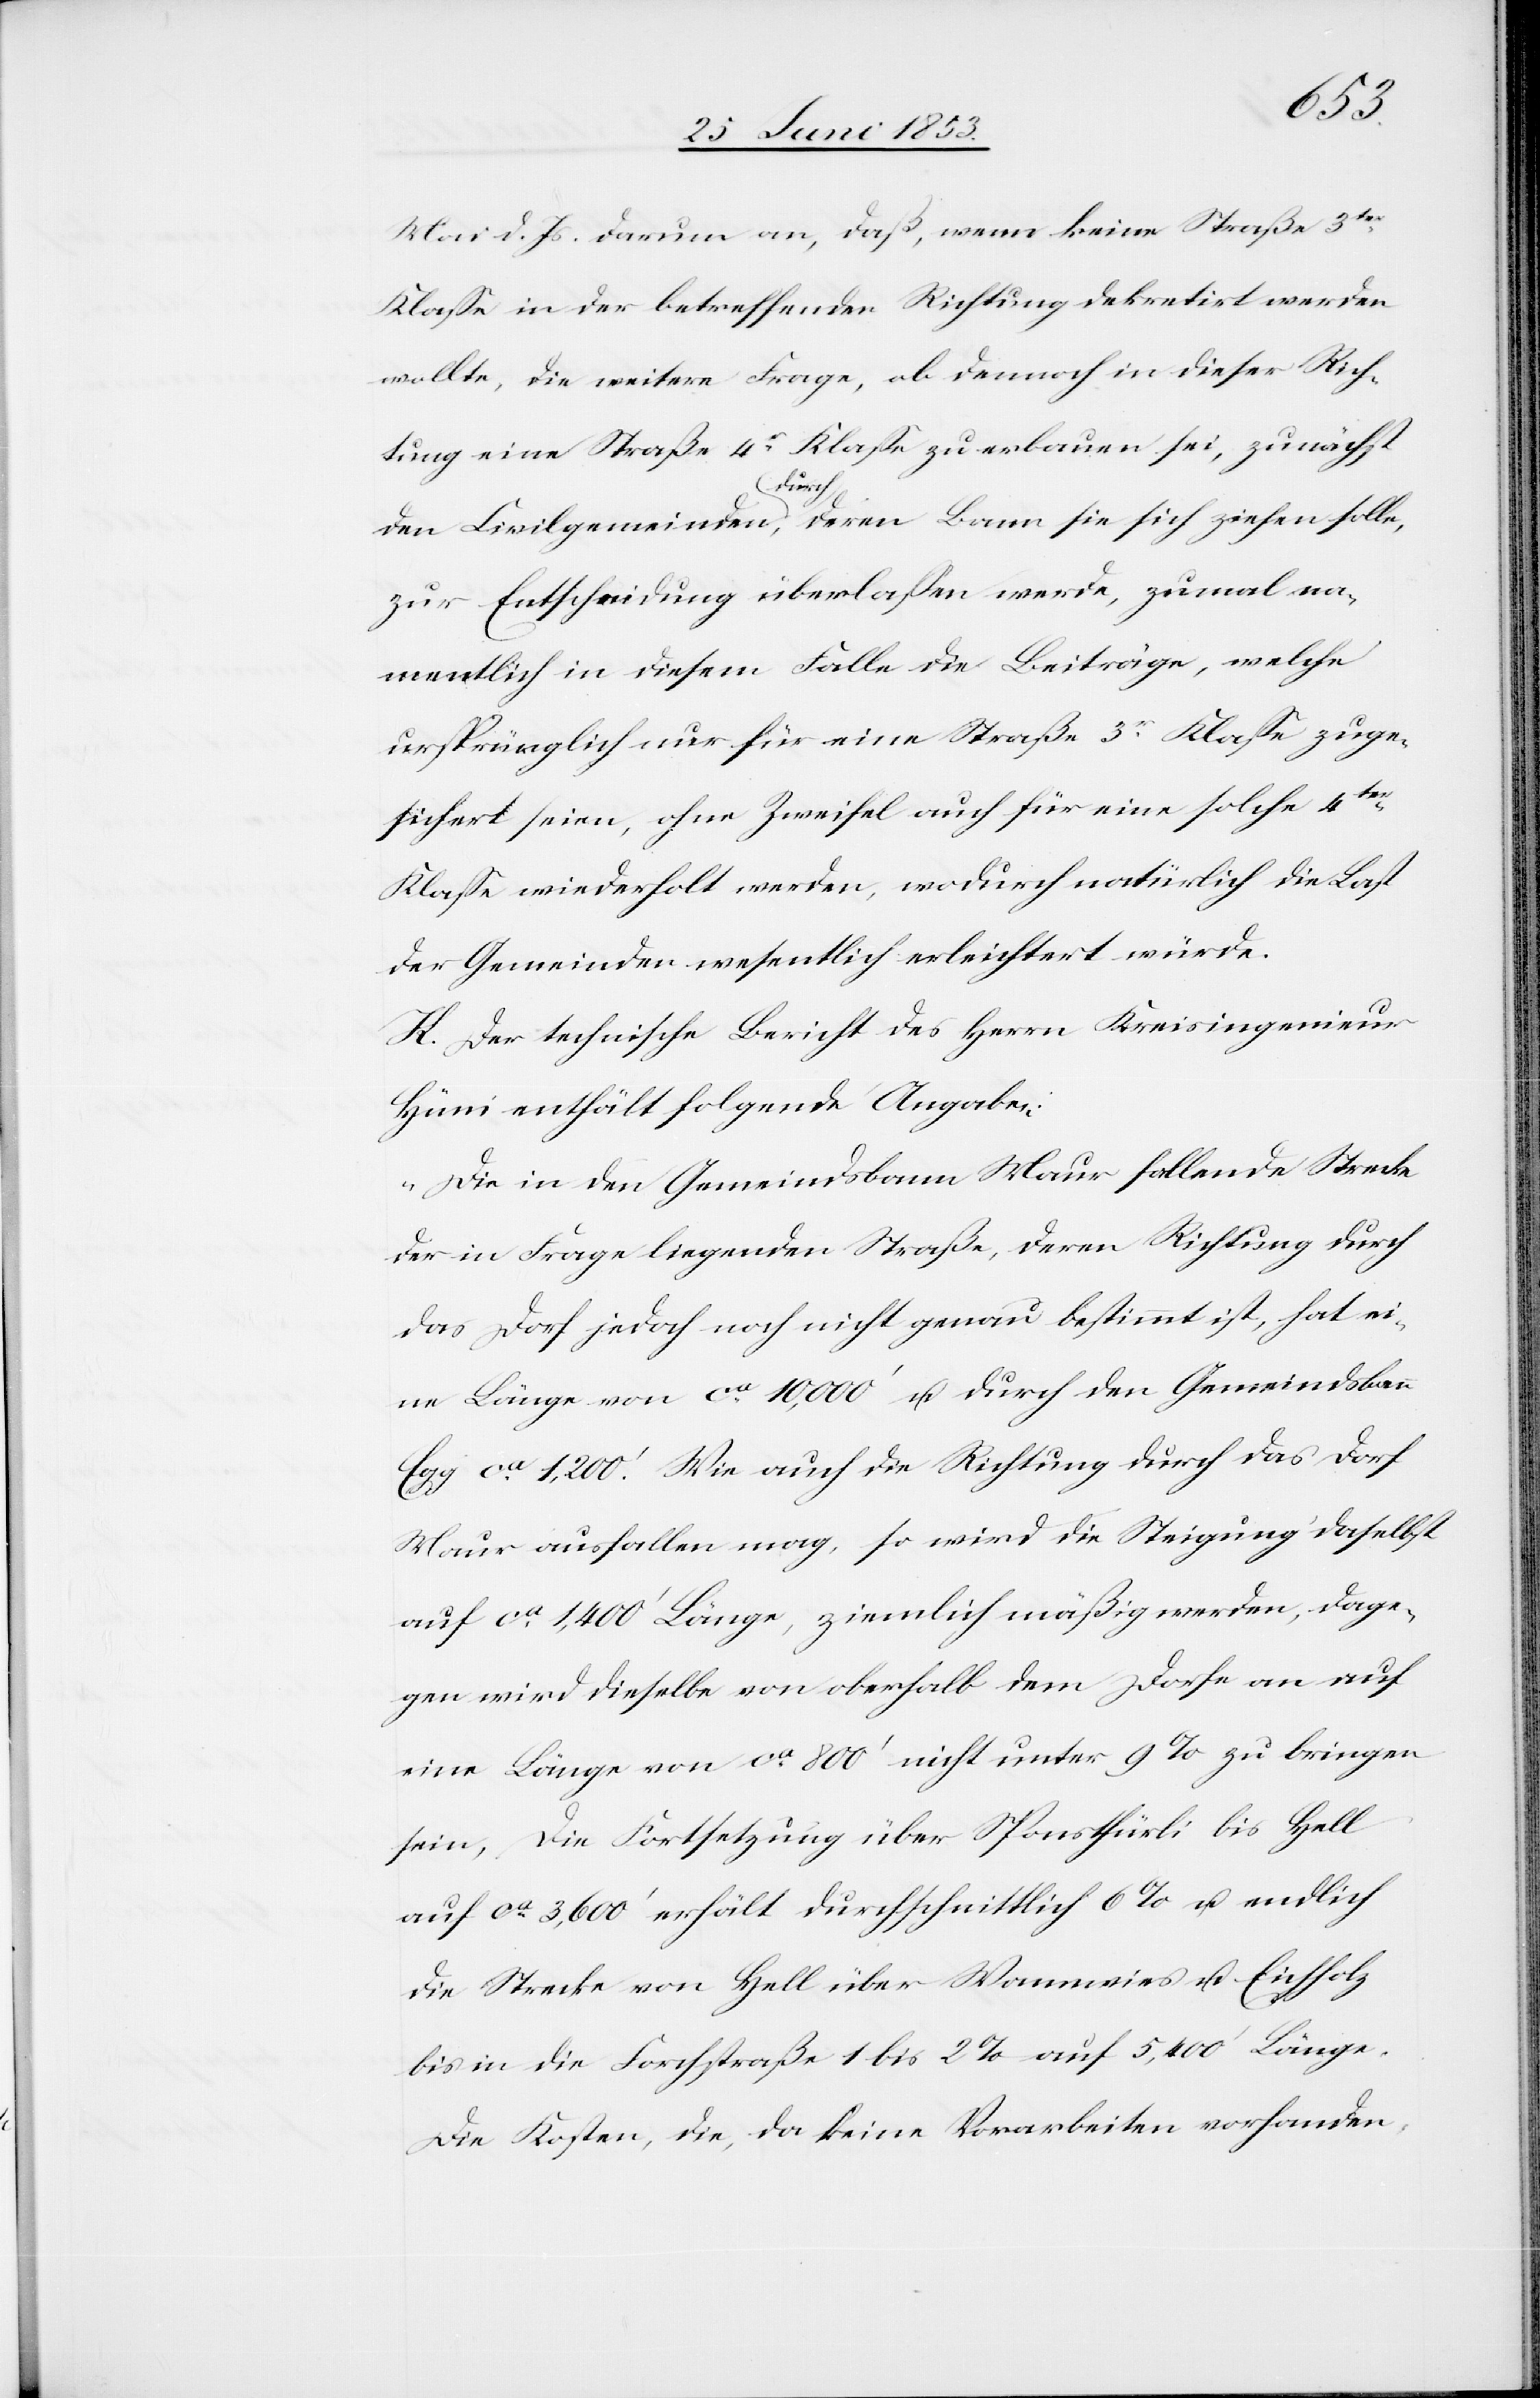
Mai d. Js. darum an, daß, wenn keine Straße 3ter.
Klaße in der betreffenden Richtung dekretirt werden
wollte, die weitere Frage, ob demnach in dieser Rich¬
tung eine Straße 4r. Klaße zu erbauen sei, zunächst
den Civilgemeinden durch, deren Bann sie sich ziehen solle,
zur Entscheidung überlaßen werde, zumal na¬
mentlich in diesem Falle die Beiträge, welche
ursprünglich nur für eine Straße 3r. Klaße zuge¬
sichert seien, ohne Zweifel auch für eine solche 4ter.
Klaße wiederholt werden, wodurch natürlich die Last
der Gemeinden wesentlich erleichtert würde.
H. Der technische Bericht des Herrn Kreisingenieur
Hüni enthält folgende Angabe:
„Die in den Gemeindsbann Maur fallende Strecke
der in Frage liegenden Straße, deren Richtung durch
das Dorf jedoch noch nicht genau bestimmt ist, hat ei¬
ne Länge von ca. 10,000’ u. durch den Gemeindsbann
Egg ca. 1200’. Wie auch die Richtung durch das Dorf
Maur ausfallen mag, so wird die Steigung daselbst
auf ca. 1,400’ Länge, ziemlich mäßig werden, dage¬
gen wird dieselbe von oberhalb dem Dorfe an auf
eine Länge von ca. 800’ nicht unter 9% zu bringen
sein, die Fortsetzung über Sponsthürli bis Hell
auf ca. 3,600’ erhält durchschnittlich 6% u. endlich
die Strecke von Hell über Wannwies u. Eichholz
bis in die Forchstraße 1 bis 2 % auf 5,400 Länge.
Die Kosten, die, da keine Vorarbeiten vorhanden,